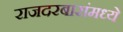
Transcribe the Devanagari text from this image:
राजदरबारांमध्ये